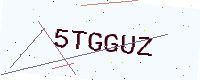
Text: 5TGGUZ